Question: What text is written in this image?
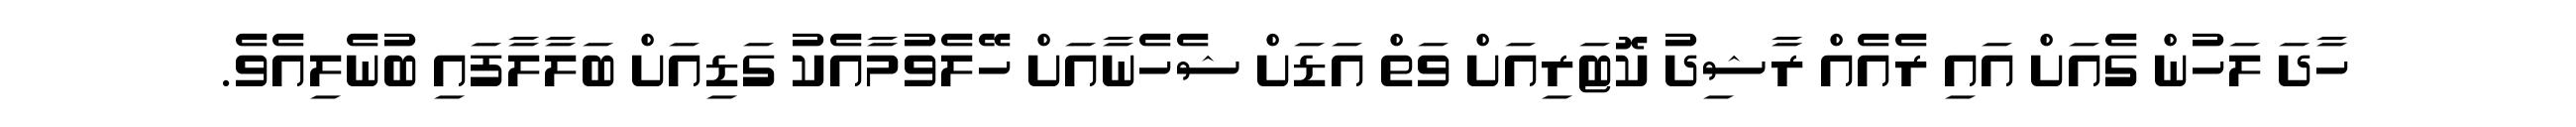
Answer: ހާދަ ލަހުން ގެއަށް އައި ރެއެއް ރާޝިދު ކޮޓަރިއަށް ވަތް އަޑަށް ޝެހެނާއަށް ހޭލެވުމާއެކު ގަޑިއަށް ބަލާލާފައި ބުނެލިއެވެ.